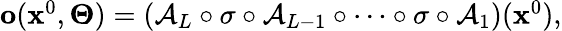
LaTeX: \begin{array}{r}{\mathbf{o}(\mathbf{x}^{0},\boldsymbol{\Theta})=(\mathcal{A}_{L}\circ\sigma\circ\mathcal{A}_{L-1}\circ\cdots\circ\sigma\circ\mathcal{A}_{1})(\mathbf{x}^{0}),}\end{array}